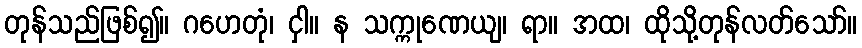
တုန်သည်ဖြစ်၍။ ဂဟေတုံ၊ ငှါ။ န သက္ကုဏေယျ၊ ရာ။ အထ၊ ထိုသို့တုန်လတ်သော်။